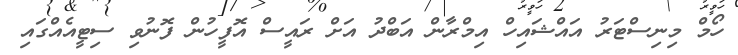
ހޯމް މިނިސްޓަރު އައްޝައިހް އިމްރާން އަބްދު އަށް ރައީސް އޮފީހުން ފޮނުވި ސިޓީއެއްގައި